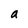
Character: a